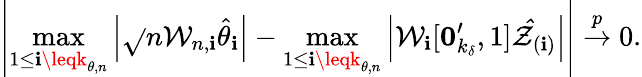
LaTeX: \left\vert\operatorname*{max}_{1\leq\mathbf{i}\leqk_{\theta,n}}\left\vert\sqrt{}{{n}}\mathcal{{W}}_{n,\mathbf{i}}\hat{{\theta}}_{\mathbf{i}}\right\vert-\operatorname*{max}_{1\leq\mathbf{i}\leqk_{\theta,n}}\left\vert\mathcal{{W}}_{\mathbf{i}}[\boldsymbol{0}_{k_{\delta}}^{\prime},1]\mathcal{{\hat{{Z}}}}_{(\mathbf{i})}\right\vert\right\vert\overset{p}{\rightarrow}0.